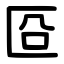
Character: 㔯